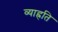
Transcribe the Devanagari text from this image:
व्याह्रति